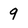
Character: 9